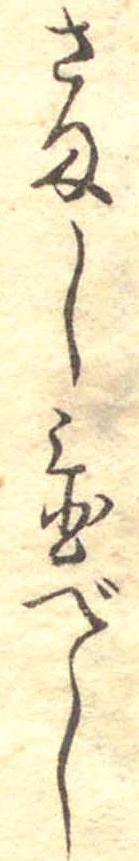
さまし置べし